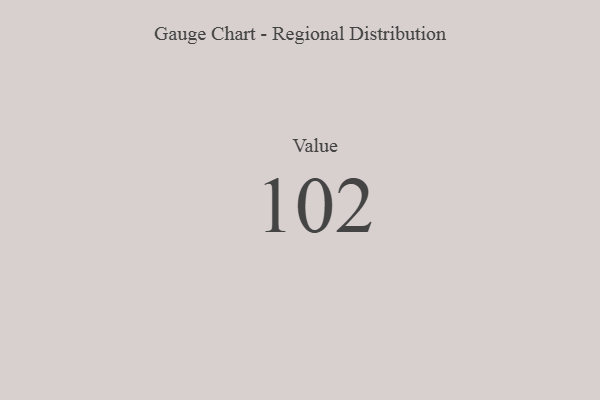
{"axis": {"x": "Metric", "y": "Value"}, "legend": [""], "data": [{"x": "Value", "y": 102, "type": ""}]}